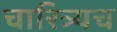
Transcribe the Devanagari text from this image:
चारित्र्यच